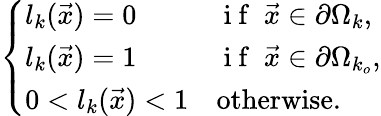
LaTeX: \left\{ \begin{array}{ll}{l_{k}(\vec{x})=0}&{\mathrm{~i~f~}\; \vec{x}\in\partial\Omega_{k},}\\ {l_{k}(\vec{x})=1}&{\mathrm{~i~f~}\; \vec{x}\in\partial\Omega_{k_{o}},}\\ {0<l_{k}(\vec{x})<1}&{\mathrm{otherwise}.}\end{array}\right.